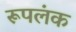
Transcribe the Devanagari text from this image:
रूपलंक